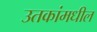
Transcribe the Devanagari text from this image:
उतकांमधील